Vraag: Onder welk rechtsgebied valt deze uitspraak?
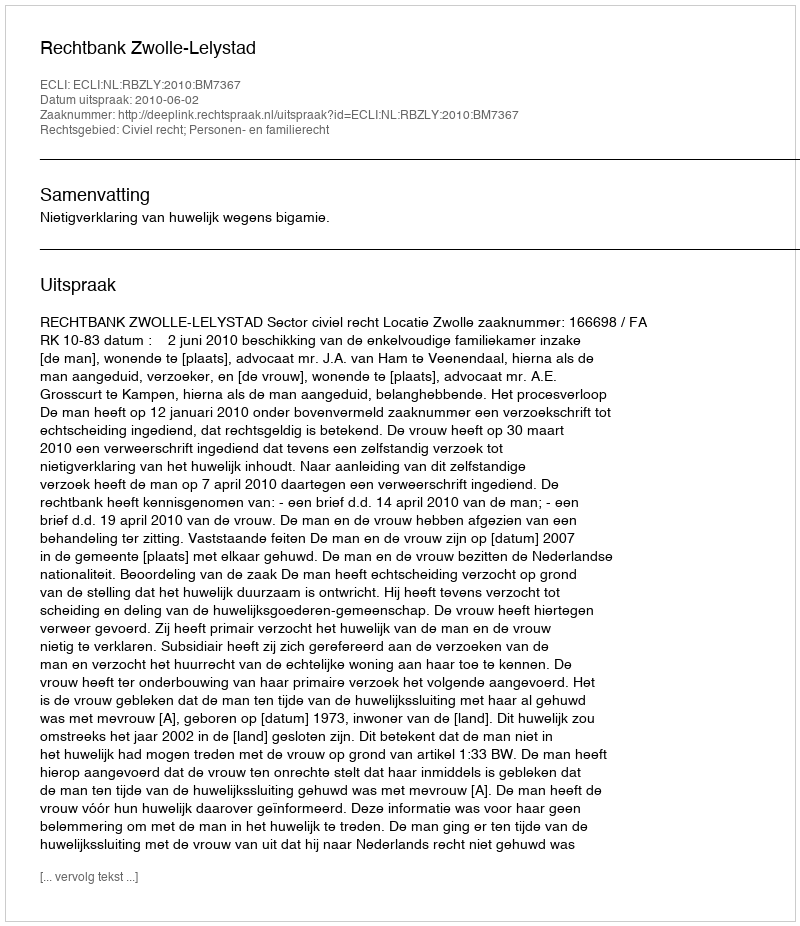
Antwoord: Civiel recht; Personen- en familierecht